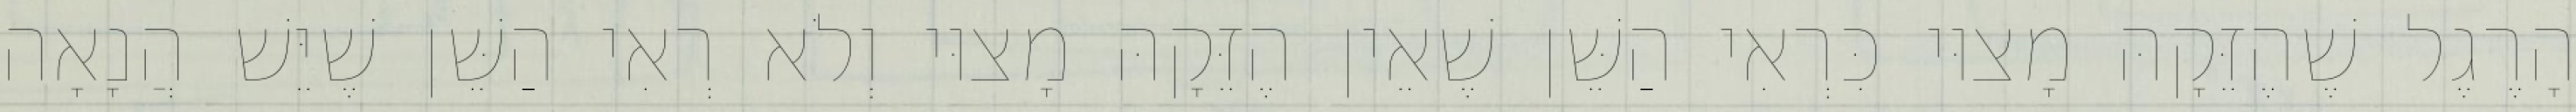
הָרֶגֶל שֶׁהֶזֵּקָהּ מָצוּי כִּרְאִי הַשֵּׁן שֶׁאֵין הֶזֵּקָהּ מָצוּי וְלֹא רְאִי הַשֵּׁן שֶׁיֵּשׁ הֲנָאָה